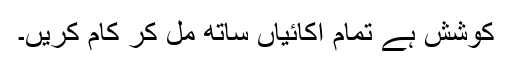
کوشش ہے تمام اکائیاں ساتھ مل کر کام کریں۔